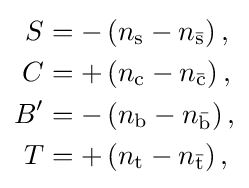
{\begin{aligned}S&=-\left(n_{\mathrm {s} }-n_{\mathrm {\bar {s}} }\right),\\C&=+\left(n_{\mathrm {c} }-n_{\mathrm {\bar {c}} }\right),\\B^{\prime }&=-\left(n_{\mathrm {b} }-n_{\mathrm {\bar {b}} }\right),\\T&=+\left(n_{\mathrm {t} }-n_{\mathrm {\bar {t}} }\right),\end{aligned}}